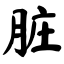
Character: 脏